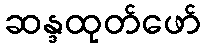
ဆန္ဒထုတ်ဖော်